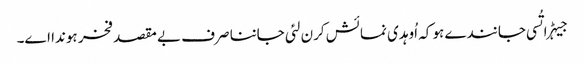
جیہڑا تُسی جانندے ہو کہ اُوہدی نمائش کرن لئی جاننا صرف بے مقصد فخر ہوندا اے۔